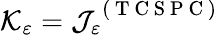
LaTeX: \mathcal{K}_{\varepsilon}=\mathcal{J}_{\varepsilon}^{\mathrm{~(~T~C~S~P~C~)~}}